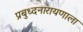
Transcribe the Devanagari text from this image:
प्रबुध्दनारायणाला